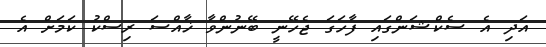
އަދި އެ ސެކްޝަންގައި ފާހަގަ ޖެހޭނީ ބޭނުންވާ ޚާއްސަ ރިސްކު ކަމަށް އެ